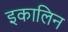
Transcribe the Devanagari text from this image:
इकालिन